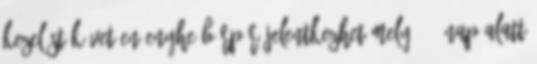
kezelést követően enyhe bőrpír jelentkezhet mely 1-3 nap alatt